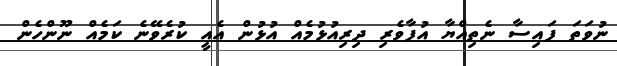
ނުވަތަ ފައިސާ ނެތިއްޔާ އުފާވެރި ދިރިއުޅުމެއް އުޅުން އެއީ ކުރެވޭނެ ކަމެއް ނޫންހެން